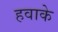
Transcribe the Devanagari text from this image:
हवाके